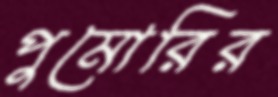
পুমোরির